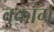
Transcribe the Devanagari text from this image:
वुकांग्